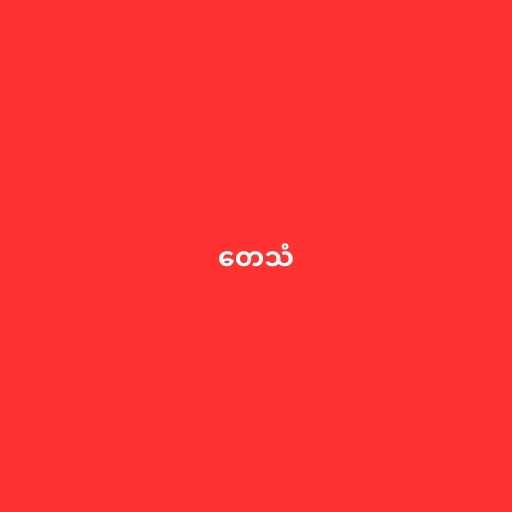
တေသံ